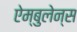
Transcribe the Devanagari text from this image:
ऐम्बुलेन्स